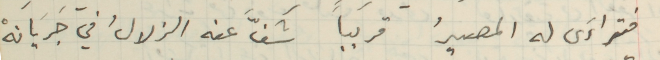
فتراءَى له المصيرُ قريباً شفَّ عنه الزلالُ في جَرَيانهْ